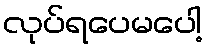
လုပ်ရပေမပေါ့